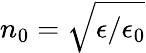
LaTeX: n_{0}=\sqrt{\epsilon/\epsilon_{0}}